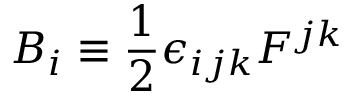
B _ { i } \equiv \frac { 1 } { 2 } \epsilon _ { i j k } F ^ { j k }